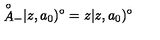
{ \mathop { A } ^ { \circ } } _ { - } | z , a _ { 0 } ) ^ { \circ } = z | z , a _ { 0 } ) ^ { \circ }